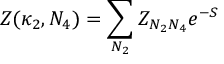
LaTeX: Z ( \kappa _ { 2 } , N _ { 4 } ) = \sum _ { N _ { 2 } } Z _ { N _ { 2 } N _ { 4 } } e ^ { - S }